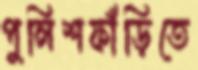
পুলিশফাঁড়িতে